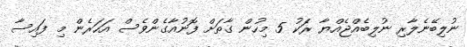
ނުލިބޭނެލާރި ނުލިބެއްޖެއްޔާ ރެަކު 5 މިހުން ގާތަށް ފޮނުއާގެންވެސް އަހަރެން މި ފައިސާ